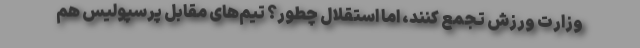
وزارت ورزش تجمع کنند، اما استقلال چطور؟ تیم‌های مقابل پرسپولیس هم